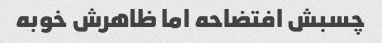
چسبش افتضاحه اما ظاهرش خوبه